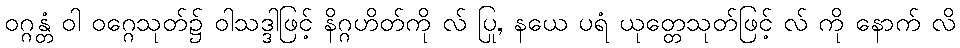
ဝဂ္ဂန္တံ ဝါ ဝဂ္ဂေသုတ်၌ ဝါသဒ္ဒါဖြင့် နိဂ္ဂဟိတ်ကို လ် ပြု, နယေ ပရံ ယုတ္တေသုတ်ဖြင့် လ် ကို နောက် လိ